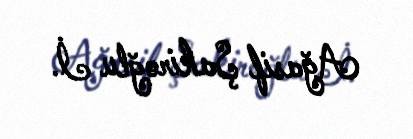
Ağasif Şakiroğlu İ.